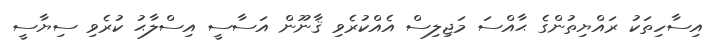
އިސާހިތަކު ރައްޔިތުންގެ ޙާއްސަ މަޖިލިސް އެއްކުރެވި ޤާނޫން އަސާސީ އިސްލާޙު ކުރެވި ސިޔާސީ